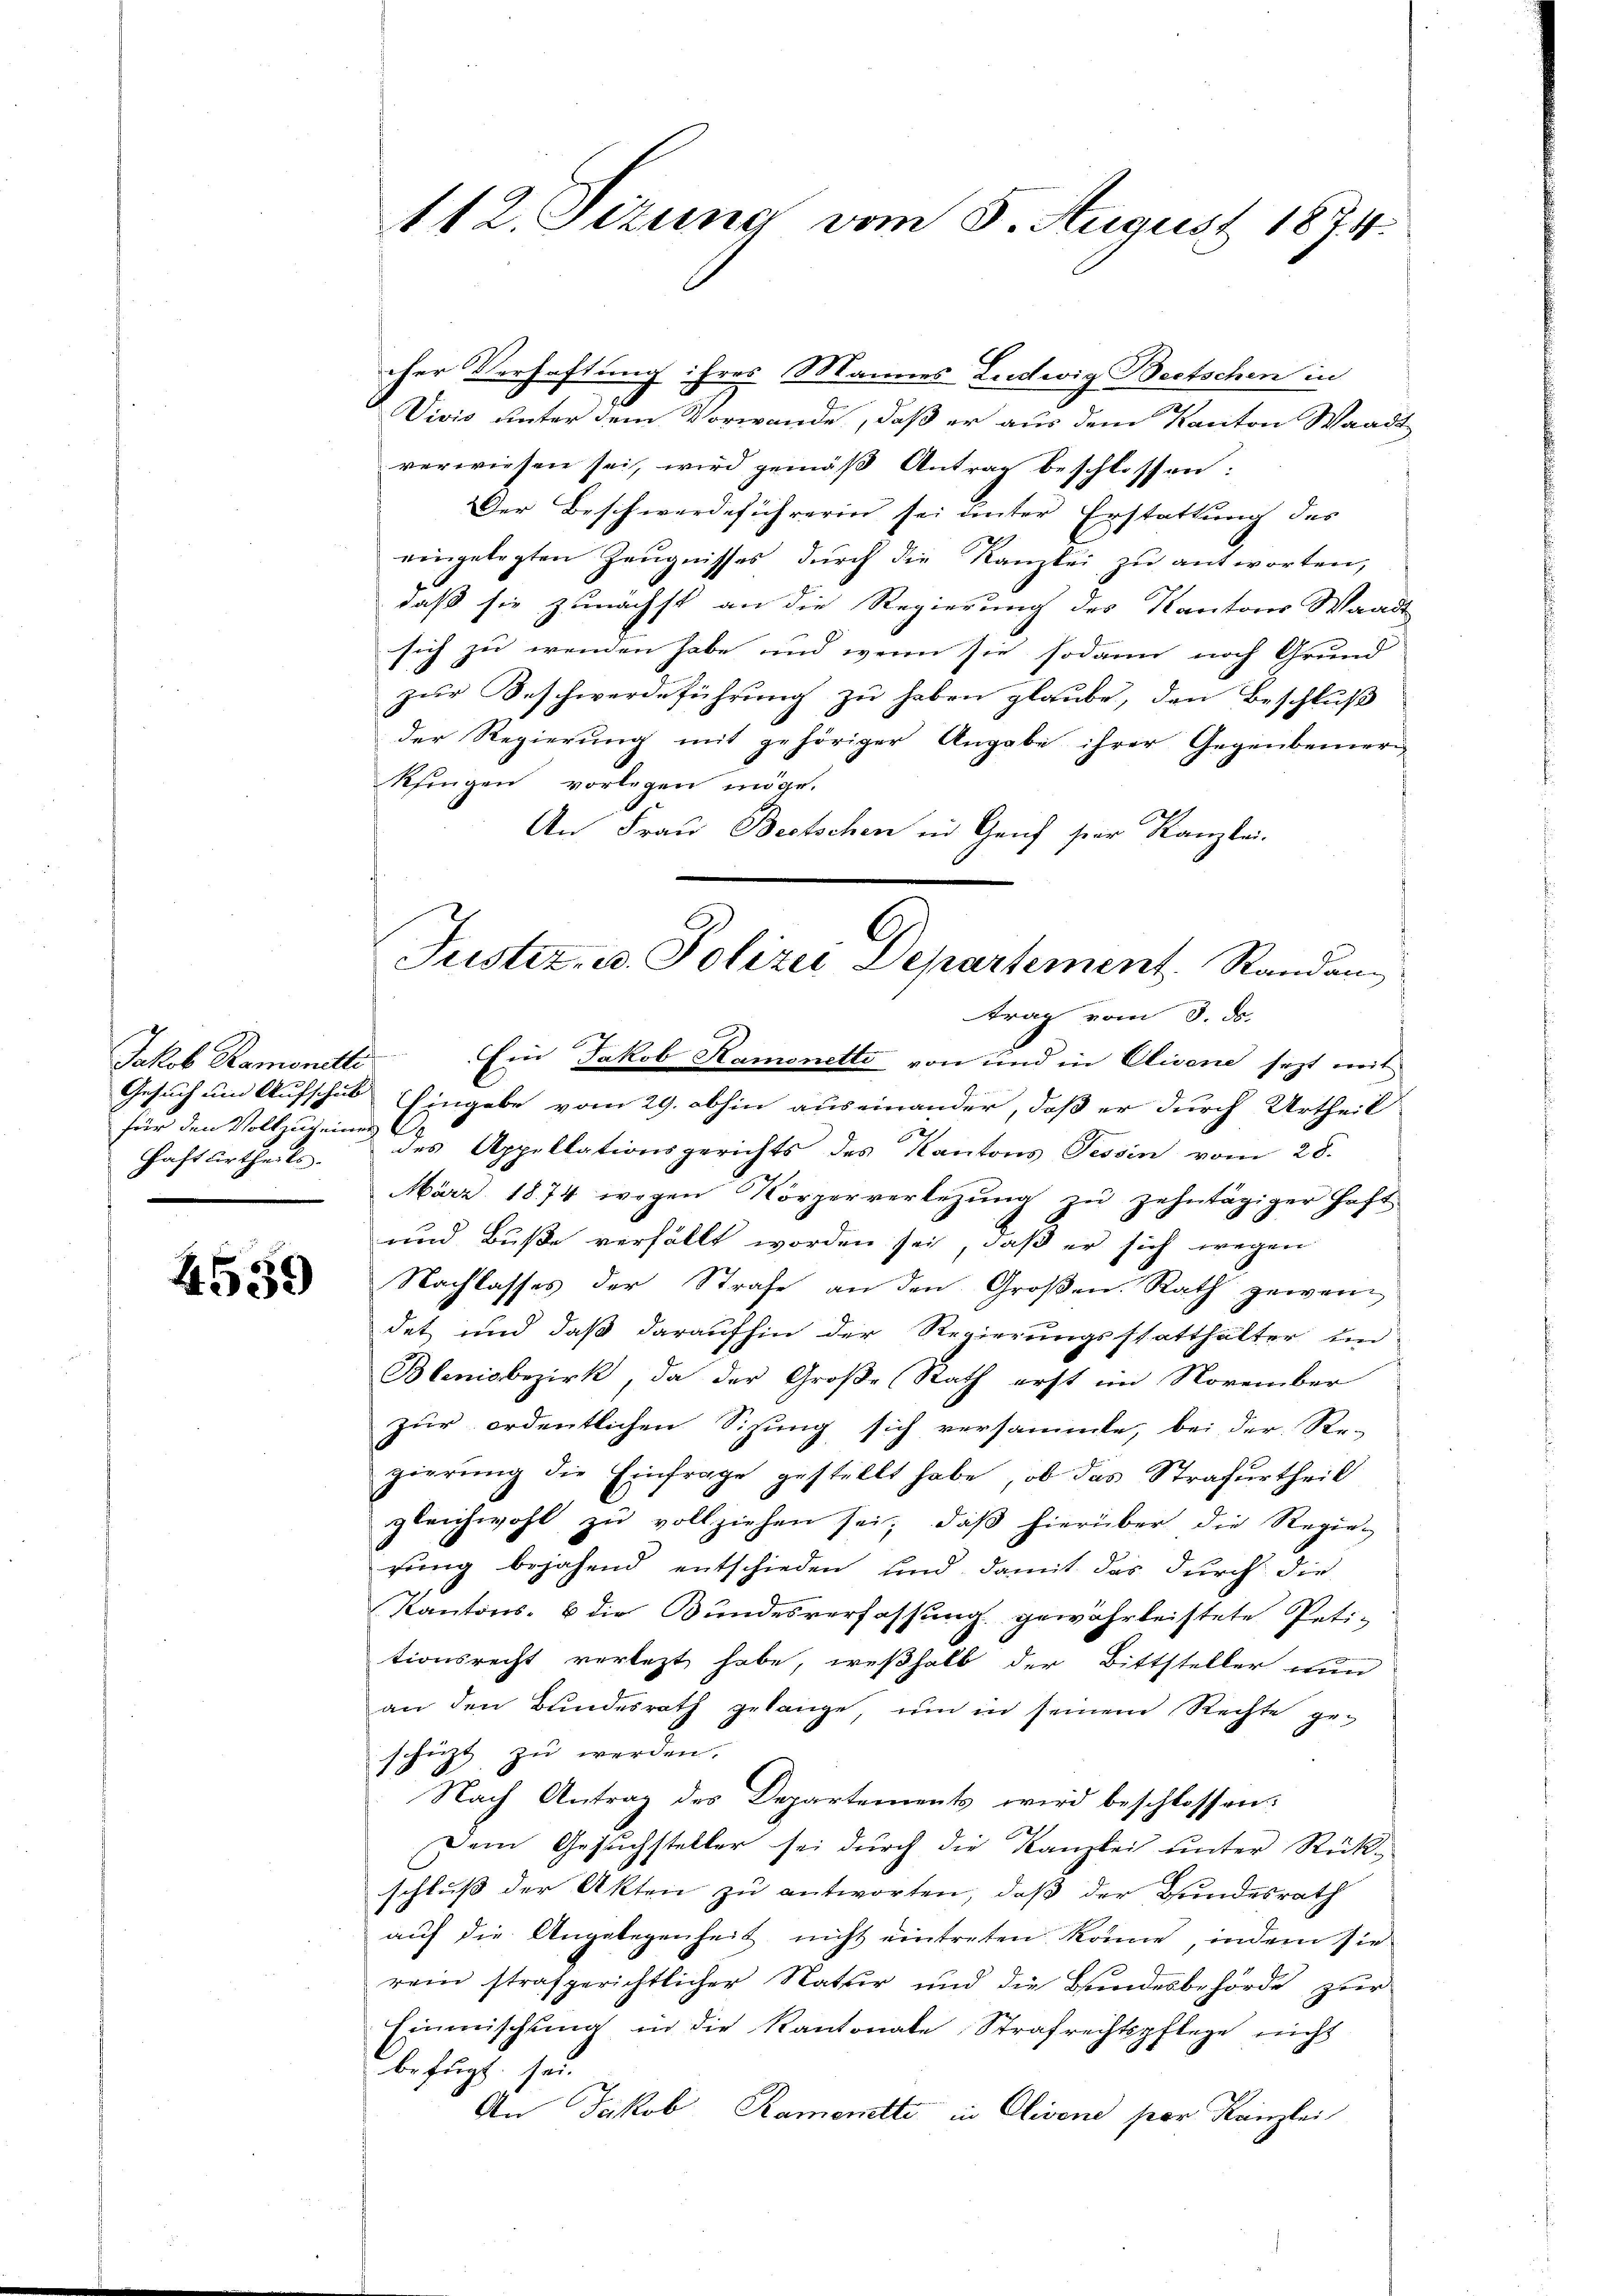
Jakob Ramonetti
für den Vollzug einen
Haft urtheils.

4559

cher Verhaftung ihres Mannes Ludwig Beetschen in
7
Vivis unter dem Vorwande, daß er aus dem Kanton Waadt
verwiesen sei, wird gemäß Antrag beschlossen:
Der Beschwerdeführerin sei unter Erstattung des
eingelegten Zeŭgnisses dŭrch die Kanzlei zŭ antworten,
daß sie zunächst an die Regierung des Kantons Waadt
sich zu wenden habe, und wenn sie sodann noch Grund
zur Beschwerdeführung zu haben glaube, den Beschluß
der Regierung mit gehöriger Angabe ihrer Gegenbeineri
kfingen vorlegen möge.
An Frau Beetschen in Genf vor Kanzlei-
Ein Jakob Ramonetto von und in Clivene jezt mit
Gesuch um Aufschuk Eingabe vom 29. abhin auseinander, daß er durch Urtheil
des Appellationsgerichts des Kantons Tessin vom 28.
März 1874 wegen Körperverlegŭng zŭ zehntägiger Haft
und Buße verfällt worden sei, daß er sich wegen
Nachlasses der Strafe an den Großen Rath gewen
det und daß daraufhin der Regierungsstatthalter un
Blenisbezirk, da der Große Rath erst im November
zur ordentlichen Sizung sich versammte, bei der Re-
gierung die Einfrage gestellt habe, ob das Strafurtheil
gleichwohl zu vollziehen sei, daβ hierüber die Regie-
rŭng bejahend entschieden und damit das durch die
Kantons- & die Bundesverfassung gewährleistete Petitionsrecht verlezt habe, weßhalb der Bittsteller nun
an den Bŭndesrath gelange, ŭm in seinem Rechte ge-
schüzt zu werden.
Nach Antrag des Departements wird beschlossen:
Dem Gesuchsteller sei durch die Kanzlei unter Rück-
schlŭβ der Akten zu antworten, daß der Bundesrath
auf die Angelegenheit nicht eintreten könne, indern sie
rein strafgerichtlicher Natur und die Bundesbehörde zur
Einmischung in die Kantonale, Strafrechtspflege nicht
befugt sei.
An Jakob Ramonette in Olivone per Kanzlei

112. Sizung vom 5. August 1874.

Justiz- u. Polizei Departement. Randan
trag vom 3. ds.